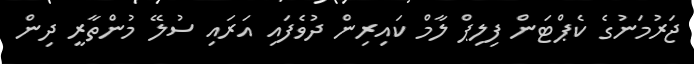
ޖަރުމަނުގެ ކެޕްޓަން ފިލިޕް ލާމް ކައިރިން ދުވެފައި އަރައި ސުލޭ މުންތާރީ ދިން